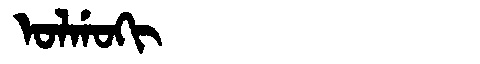
Manchu: ᠣᠯᡤᠣᡴᡳ
Romanization: OLGOKI